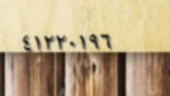
٤١٢٢٠١٩٦